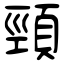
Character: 頸